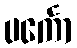
ပင်္ကော